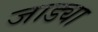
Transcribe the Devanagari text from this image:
जाड्या